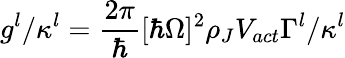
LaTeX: g^{l}/\kappa^{l}=\frac{2\pi}{\hbar}[\hbar\Omega]^{2}\rho_{J}V_{act}\Gamma^{l}/\kappa^{l}